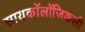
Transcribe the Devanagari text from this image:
सायकॉलॉजिकली